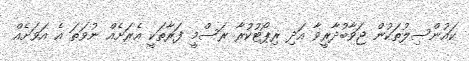
ކައުންސިލުތަކުން ޖަވާބުދާރީވާ އަދި ރިޕޯޓުކުރާ ރަސްމީ ފަރާތަކީ އެރަށެއް ނުވަތަ އެ އަވަށެއް